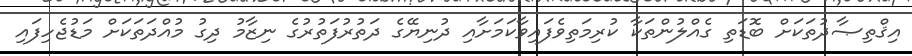
އިޤްތިޞާދުތަކަށް ބޮޑަތި ގެއްލުންތަކާ ކުރިމަތިވެފައިވާކަމަށާއި ދުނިޔޭގެ ދަތުރުފަތުރުގެ ނިޒާމު ދިގު މުއްދަތަކަށް މަޑުޖެހިފައި